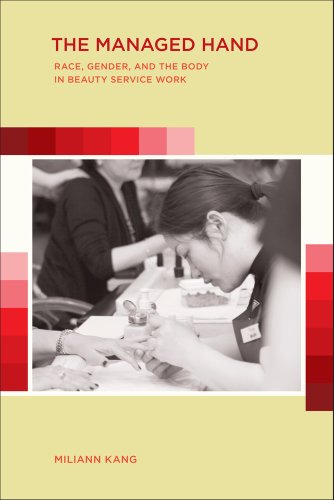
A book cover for The Managed Hand: Race, Gender, and the Body in Beauty Service Work; Miliann Kang; Business & Money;